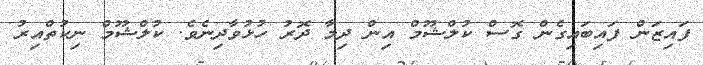
ފައިޒަން ފައިބައިގެން ގޮސް ކުލްޝޫމް އިން ދިމާ ދޮރު ހުޅުވާދިނެވެ. ކުލްޝޫމް ނިކުތްއިރު